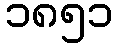
၁၈၅၁